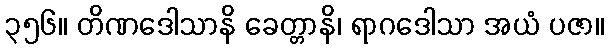
၃၅၆။ တိဏဒေါသာနိ ခေတ္တာနိ၊ ရာဂဒေါသာ အယံ ပဇာ။